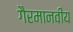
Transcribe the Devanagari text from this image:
गैरमानवीय